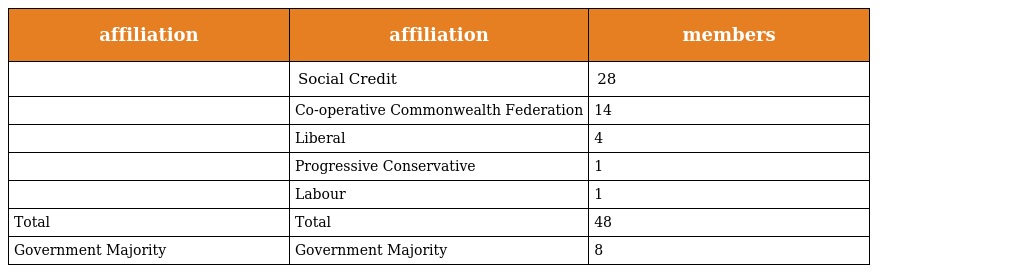
| affiliation | affiliation | members |
 | --- | --- | --- |
 |  | Social Credit | 28 |
 |  | Co-operative Commonwealth Federation | 14 |
 |  | Liberal | 4 |
 |  | Progressive Conservative | 1 |
 |  | Labour | 1 |
 | Total | Total | 48 |
 | Government Majority | Government Majority | 8 |